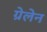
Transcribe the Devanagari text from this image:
ग्रेलेन